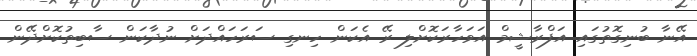
އޭނާ ބުނިގޮތުގައި އަފްރާޝީމް އަވަހާރަކޮށްލި ރޭ އެކަން ހިނގި ސަރަހައްދަށް ނުދާކަން ސާބިތުކޮށްދޭން